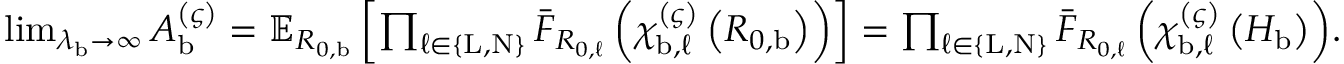
\begin{array} { r } { \operatorname* { l i m } _ { \lambda _ { \mathrm { b } } \rightarrow \infty } A _ { \mathrm { b } } ^ { \left( \varsigma \right) } = \mathbb { E } _ { R _ { 0 , \mathrm { b } } } \left[ \prod _ { \ell \in \left\{ \mathrm { L } , \mathrm { N } \right\} } { \bar { F } _ { R _ { 0 , \ell } } \left( \chi _ { \mathrm { b } , \ell } ^ { \left( \varsigma \right) } \left( R _ { 0 , \mathrm { b } } \right) \right) } \right] = \prod _ { \ell \in \left\{ \mathrm { L } , \mathrm { N } \right\} } { \bar { F } _ { R _ { 0 , \ell } } \left( \chi _ { \mathrm { b } , \ell } ^ { \left( \varsigma \right) } \left( H _ { \mathrm { b } } \right) \right) } . } \end{array}